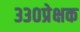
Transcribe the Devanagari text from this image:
३३०प्रेक्षक